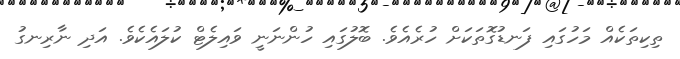
ތިކިތަކެއް މަހުގައި ފަނޑުގޮތަކަށް ހުރެއެވެ. ބޮލުގައި ހުންނަނީ ވައިލެޓް ކުލައެކެވެ. އަދި ނާރިނގު